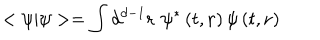
LaTeX: < \psi | \psi > = \int d ^ { d - 1 } \mathbf { r \, \, } \psi ^ { * } \left( t , \mathbf { r } \right) \psi \left( t , \mathbf { r } \right)